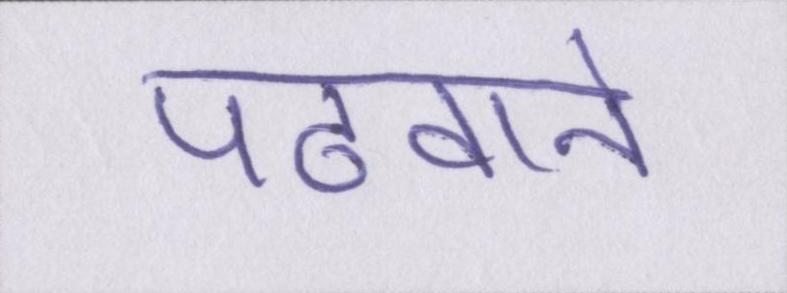
पढवाने